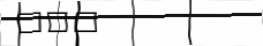
١٣١